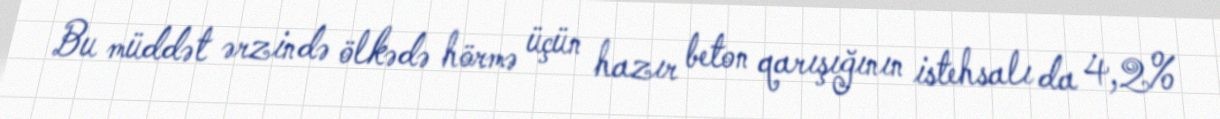
Bu müddət ərzində ölkədə hörmə üçün hazır beton qarışığının istehsalı da 4,2%